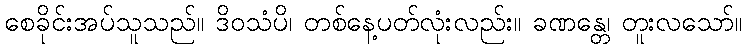
စေခိုင်းအပ်သူသည်။ ဒိဝသံပိ၊ တစ်နေ့ပတ်လုံးလည်း။ ခဏန္တေ၊ တူးလသော်။